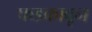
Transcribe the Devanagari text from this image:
फडकावून